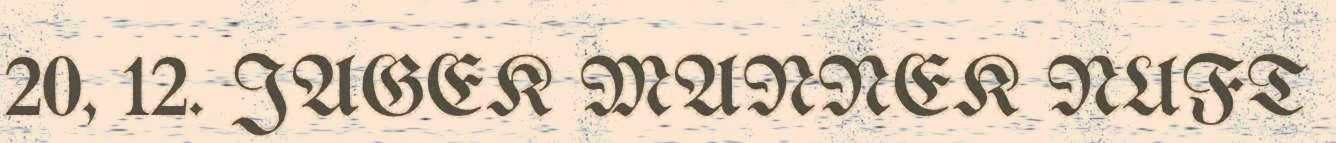
20, 12. JAGEK MANNEK NUFT